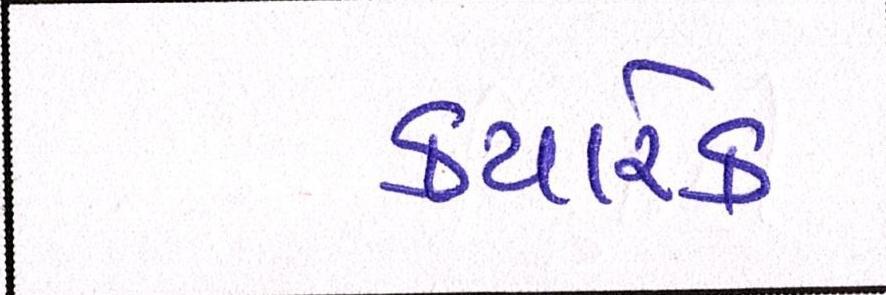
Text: ક્યારેક